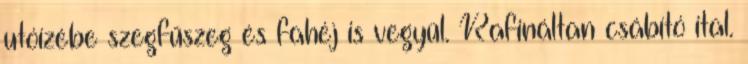
utóízébe szegfűszeg és fahéj is vegyül. Rafináltan csábító ital.